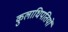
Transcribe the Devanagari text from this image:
कुलाधिपतियों